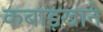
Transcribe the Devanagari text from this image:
कबाड़ख़ाने